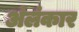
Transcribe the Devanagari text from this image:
अंलंकार